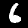
Label: 6